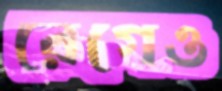
রেগেও